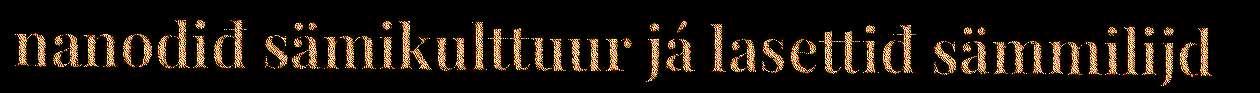
nanodiđ sämikulttuur já lasettiđ sämmilijd